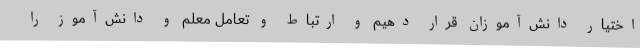
اختیار دانش‌آموزان قرار دهیم و ارتباط و تعامل معلم و دانش‌آموز را